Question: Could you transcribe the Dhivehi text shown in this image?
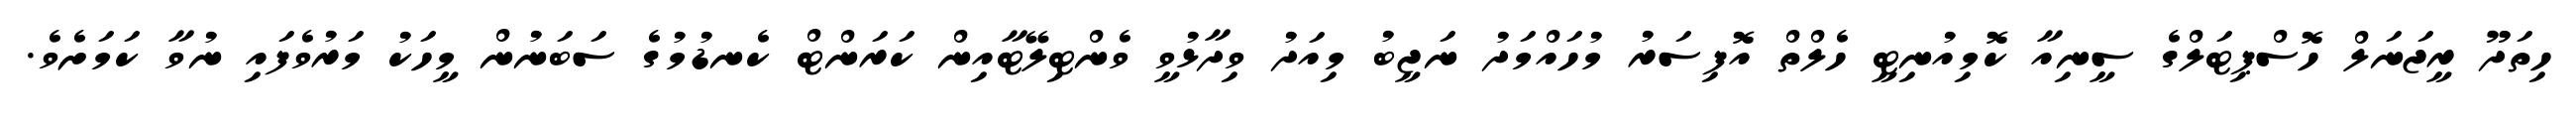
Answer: ހިތަދޫ ރީޖަނަލް ހޮސްޕިޓަލްގެ ސީނިއާ ކޮމިއުނިޓީ ހެލްތް އޮފިސަރު މުހައްމަދު ނަޖީބު މިއަދު ވިދާޅުވީ ވެންޓިލޭޓާއިން ކަރަންޓް ކެނޑުމުގެ ސަބަނުން މީހަކު މަރުވެފައި ނުވާ ކަމަށެވެ.